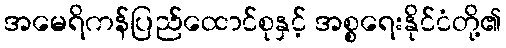
အမေရိကန်ပြည်ထောင်စုနှင့် အစ္စရေးနိုင်ငံတို့၏